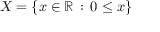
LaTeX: X = \{ x \in \mathbb { R } \, : \, 0 \leq x \}